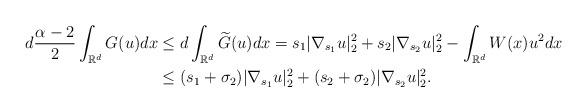
LaTeX: \begin{align*}d\frac{\alpha-2}{2}\displaystyle\int_{\mathbb{R}^{d}}G(u)dx&\leq d\displaystyle\int_{\mathbb{R}^{d}}\widetilde{G}(u)dx=s_1|\nabla_{s_{1}}u|_{2}^{2}+s_2|\nabla_{s_{2}}u|_{2}^{2}-\displaystyle\int_{\mathbb{R}^{d}}W(x)u^{2}dx\\&\leq(s_1+\sigma_{2})|\nabla_{s_{1}}u|_{2}^{2}+(s_2+\sigma_{2})|\nabla_{s_{2}}u|_{2}^{2}.\end{align*}